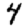
Digit: 4